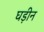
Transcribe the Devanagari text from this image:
घड़ीन